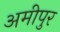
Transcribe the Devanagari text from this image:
अमीपुर